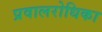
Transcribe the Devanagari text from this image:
प्रवालरोधिका